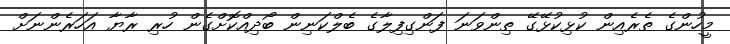
މީހުންގެ ތެރެއިން ކުޅިކުޅޭގޭ ތިންވަނަ ފަންގިފިލާގެ ބެލްކަނިން ބޯދިއްކޮށްގެން ހުރި ރާޔާ އަހަރެންނަށް